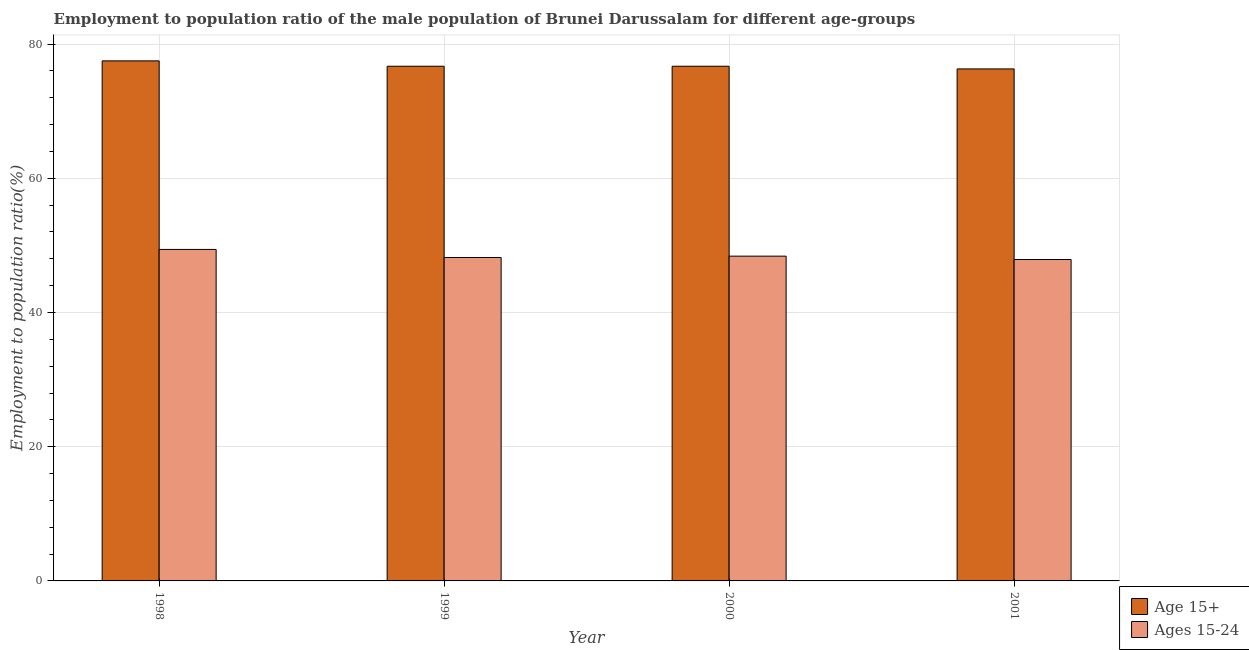
| Year | Age 15+ | Ages 15-24 |
 | --- | --- | --- |
 | 1998 | 77.5 | 49.4 |
 | 1999 | 76.7 | 48.2 |
 | 2000 | 76.7 | 48.4 |
 | 2001 | 76.3 | 47.9 |